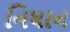
નિધાન